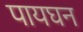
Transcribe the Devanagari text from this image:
पायघन